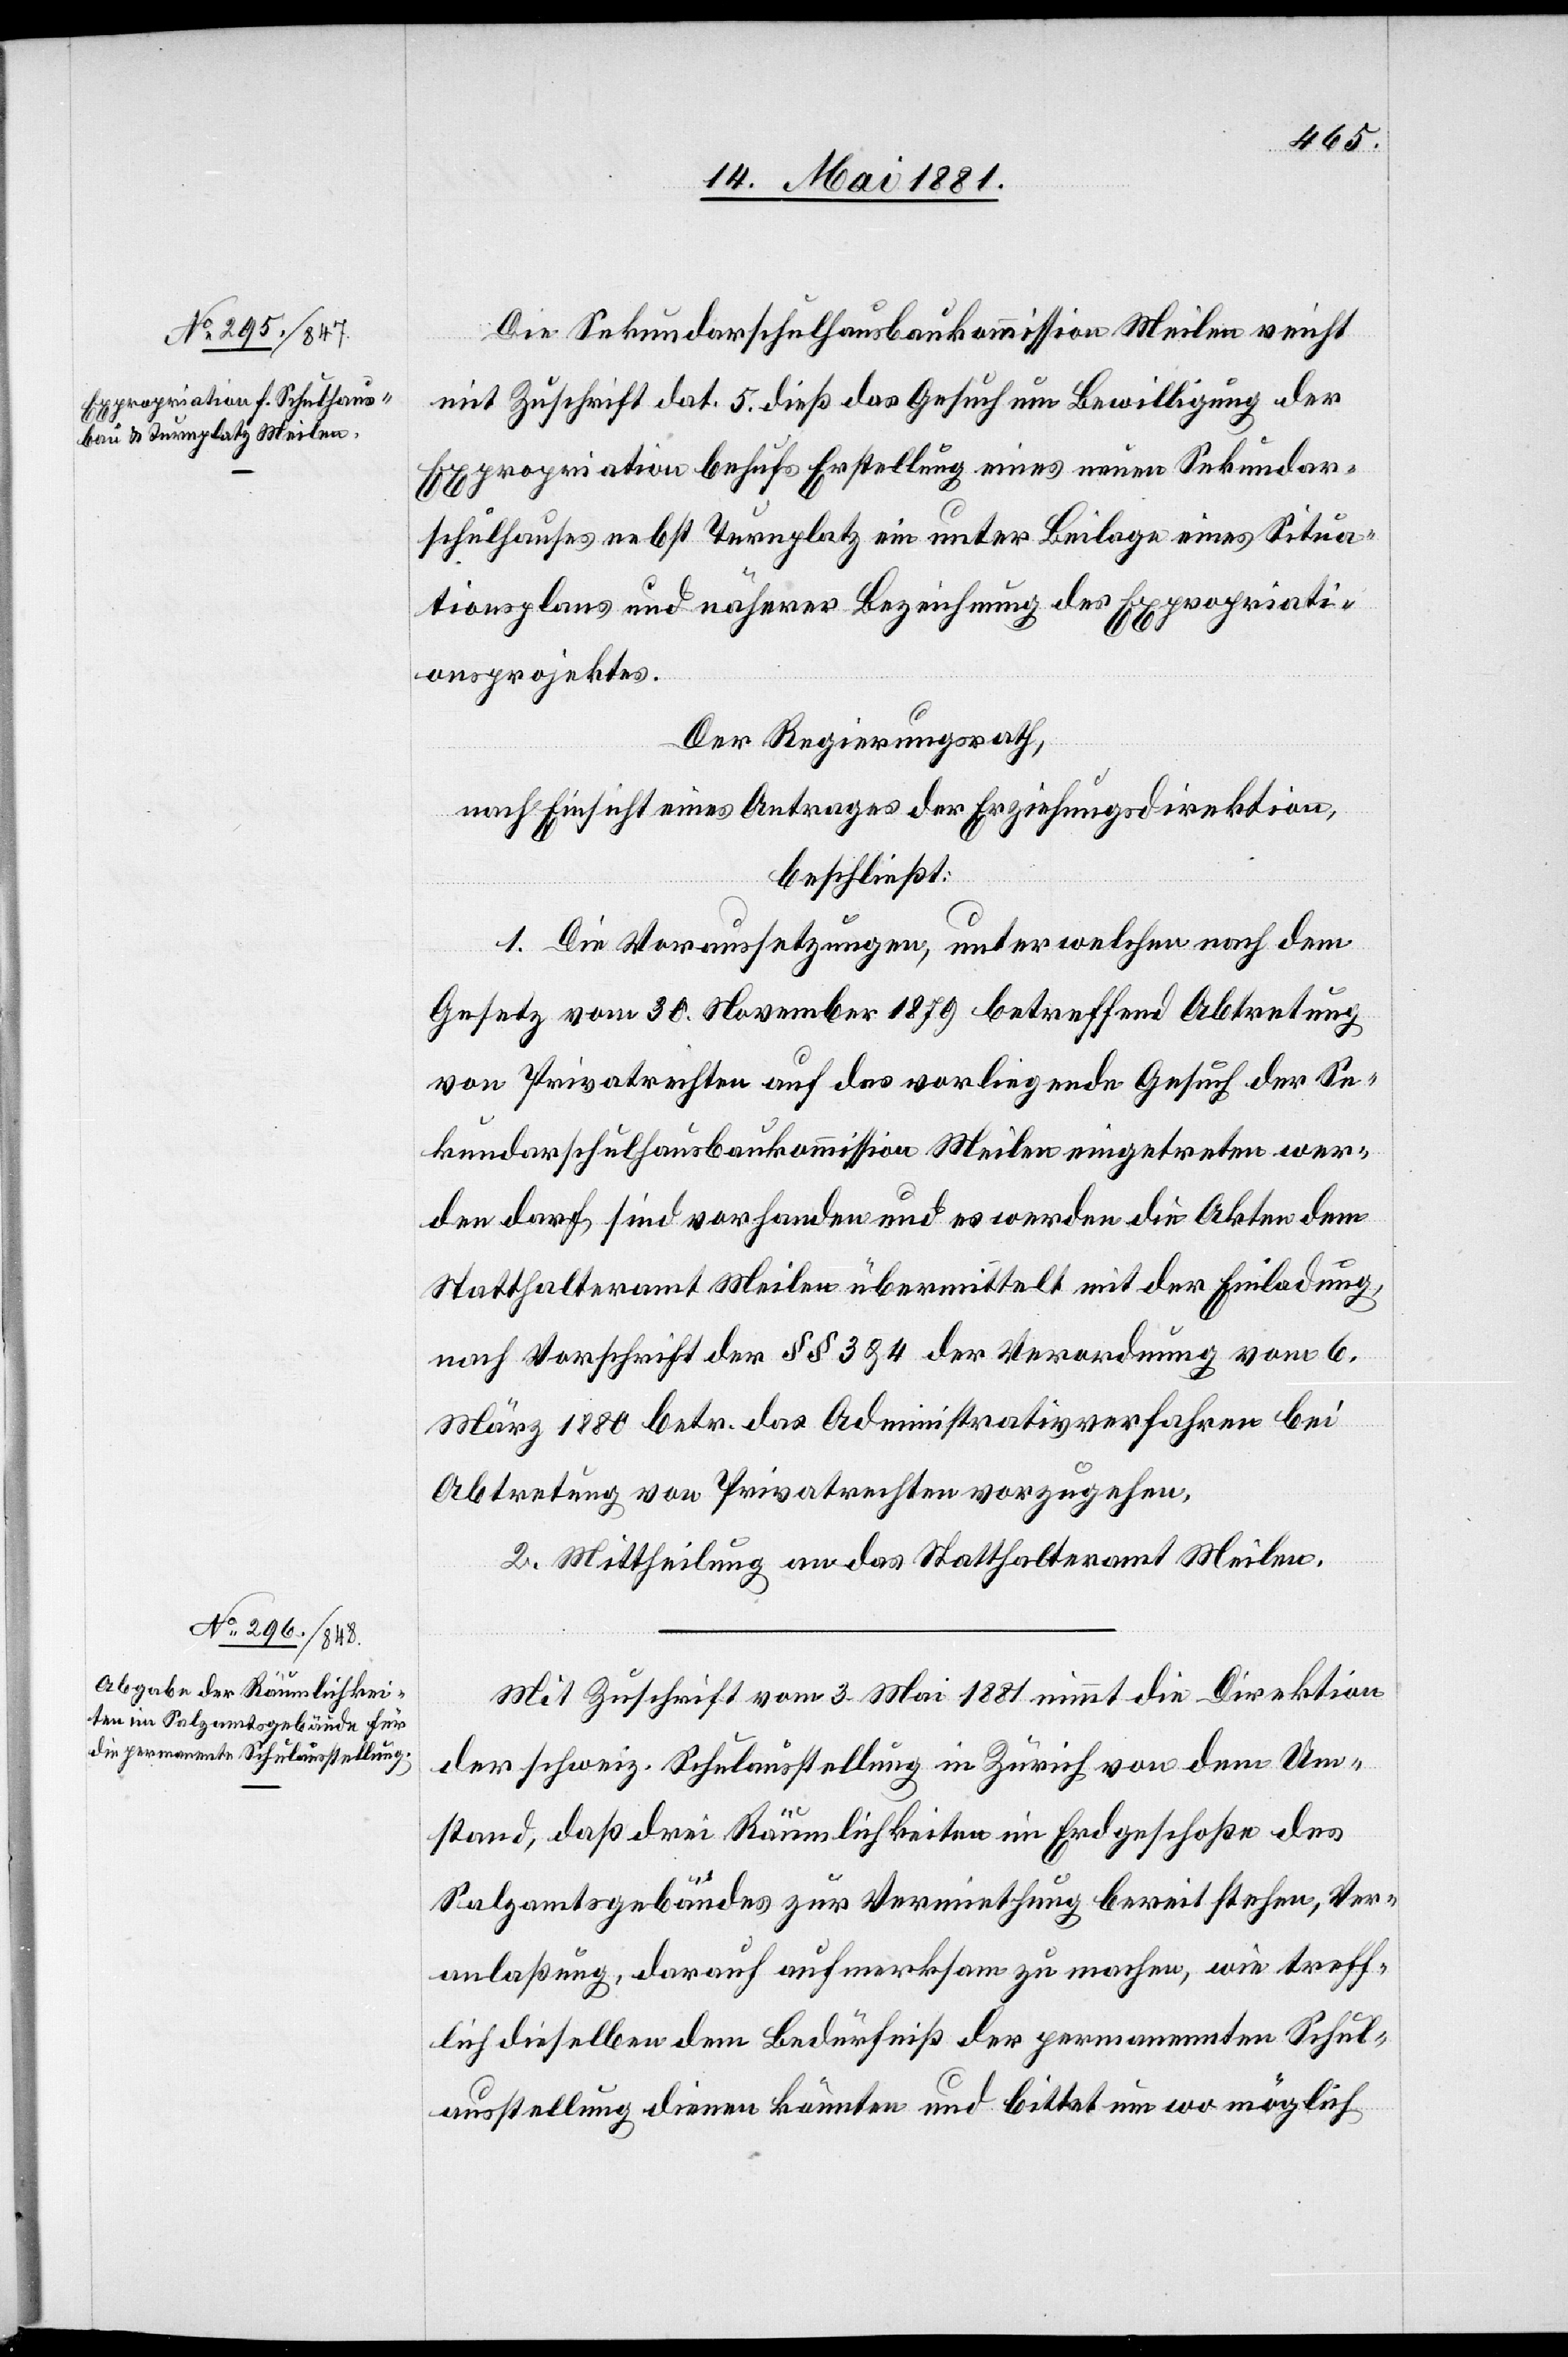
Die Sekundarschulhausbaukommission Meilen reicht
mit Zuschrift dat. 5. dieß das Gesuch um Bewilligung der
Expropriation behufs Erstellung eines neuen Sekundar¬
schulhauses nebst Turnplatz ein unter Beilage eines Situa¬
tionsplans und näherer Bezeichnung des Expropriati¬
onsprojektes.
Der Regierungsrath,
nach Einsicht eines Antrages der Erziehungsdirektion,
beschließt:
1. Die Voraussetzungen, unter welchen nach dem
Gesetz vom 30. November 1879 betreffend Abtretung
von Privatrechten auf das vorliegende Gesuch der Se¬
kundarschulhausbaukommission Meilen eingetreten wer¬
den darf, sind vorhanden und es werden die Akten dem
Statthalteramt Meilen übermittelt mit der Einladung,
nach Vorschrift der §§ 3 & 4 der Verordnung vom 6.
März 1880 betr. das Administrativverfahren bei
Abtretung von Privatrechten vorzugehen.
2. Mittheilung an das Statthalteramt Meilen.
Mit Zuschrift vom 3. Mai 1881 nimmt die Direktion
der schweiz. Schulausstellung in Zürich von dem Um¬
stand, daß drei Räumlichkeiten im Erdgeschoße des
Salzamtsgebäudes zur Vermiethung bereit stehen, Ver¬
anlaßung, darauf aufmerksam zu machen, wie treff¬
lich dieselben dem Bedürfniß der permanennten [sic!] Schul¬
ausstellung dienen könnten und bittet um wo möglich